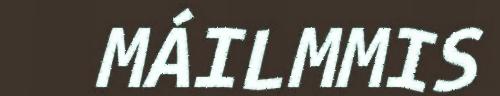
MÁILMMIS